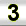
Digit: 3